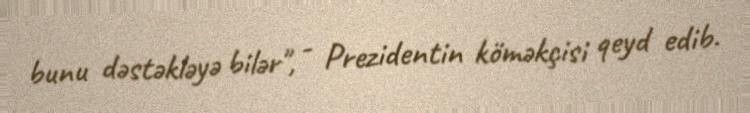
bunu dəstəkləyə bilər", - Prezidentin köməkçisi qeyd edib.